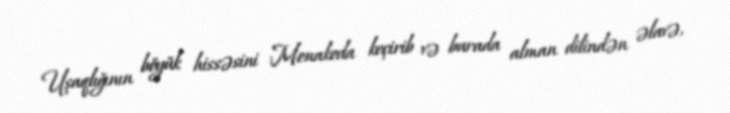
Uşaqlığının böyük hissəsini Monakoda keçirib və burada alman dilindən əlavə,